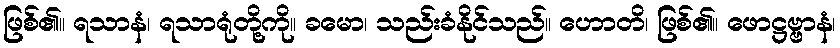
ဖြစ်၏။ ရသာနံ၊ ရသာရုံတို့ကို။ ခမော၊ သည်းခံနိုင်သည်။ ဟောတိ၊ ဖြစ်၏။ ဖောဋ္ဌဗ္ဗာနံ၊